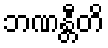
ဘဏန္တီတိ